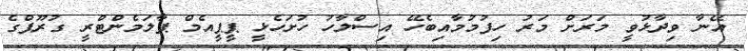
އޭނާ ވިދާޅުވީ މަރަށް މަރު ހިފުމުމާއިބެހޭ އިސްލާހު ހުށަހެޅީ ޕީޕީއެމް ޕާލަމެންޓްރީ ގުރޫޕްގެ